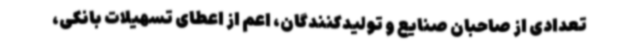
تعدادی از صاحبان صنایع و تولیدکنندگان، اعم از اعطای تسهیلات بانکی،